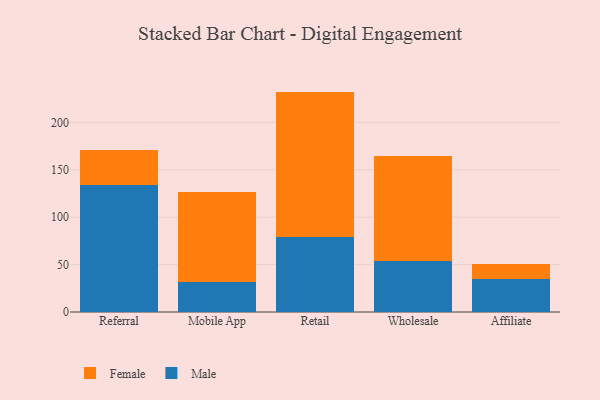
{"axis": {"x": "Channel", "y": "Inventory Turnover"}, "legend": ["Female", "Male"], "data": [{"x": "Referral", "y": 134.2, "type": "Male"}, {"x": "Referral", "y": 36.3, "type": "Female"}, {"x": "Mobile App", "y": 31.7, "type": "Male"}, {"x": "Mobile App", "y": 94.8, "type": "Female"}, {"x": "Retail", "y": 79.1, "type": "Male"}, {"x": "Retail", "y": 153.3, "type": "Female"}, {"x": "Wholesale", "y": 53.6, "type": "Male"}, {"x": "Wholesale", "y": 110.6, "type": "Female"}, {"x": "Affiliate", "y": 35.3, "type": "Male"}, {"x": "Affiliate", "y": 14.8, "type": "Female"}]}